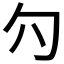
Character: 𰅛